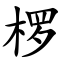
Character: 椤